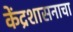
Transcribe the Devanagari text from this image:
केंद्रशासनाचा